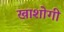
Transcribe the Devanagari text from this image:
खाशोगी